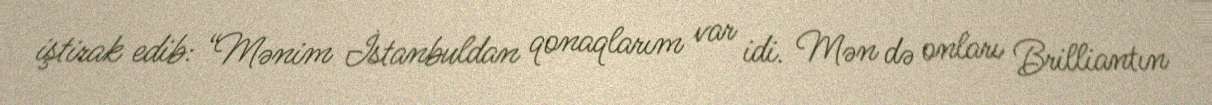
iştirak edib: “Mənim İstanbuldan qonaqlarım var idi. Mən də onları Brilliantın